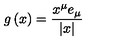
g \left( x \right) = \frac { x ^ { \mu } e _ { \mu } } { \left| x \right| }